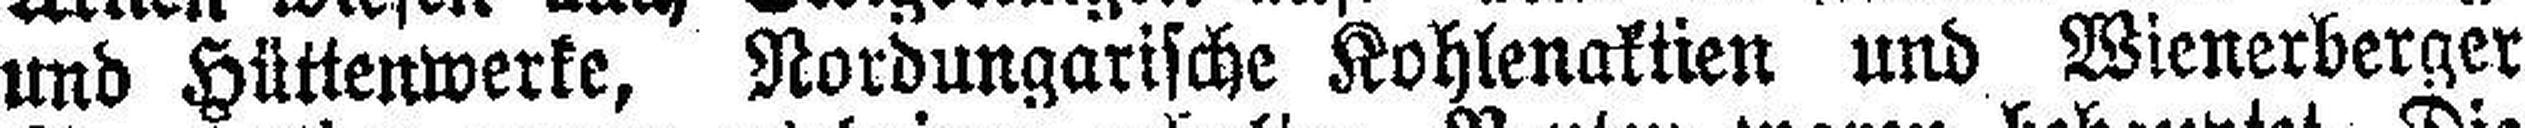
und Hüttenwerke, Nordungarische Kohlenaktien und Wienerberger